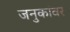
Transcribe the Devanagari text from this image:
जनुकांवर